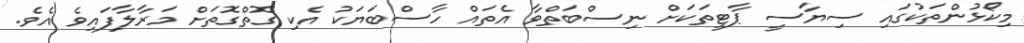
މިކޯޅުންތަކުގައި ސިޔާސީ ޕާޓީތަކަށް ނިސްބަތްވާ އެތައް ހާސްބަޔަކު އެކި ގޮތްގޮތަށް މަރާލާފައިވެ އެވެ.